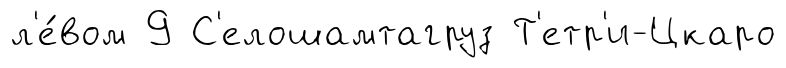
л'е́вом 9 С'елошамтагруз Т'етр'и-Цкаро